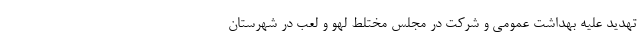
تهدید علیه بهداشت عمومی و شرکت در مجلس مختلط لهو و لعب در شهرستان